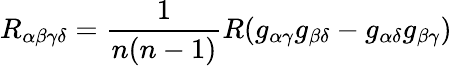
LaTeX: R_{\alpha\beta\gamma\delta}=\frac{1}{n(n-1)}R(g_{\alpha\gamma}g_{\beta\delta}-g_{\alpha\delta}g_{\beta\gamma})